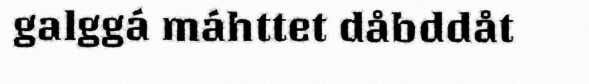
galggá máhttet dåbddåt